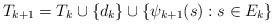
LaTeX: \begin{align*}T_{k+1}=T_k\cup\{d_k\}\cup\{\psi_{k+1}(s):s\in E_k\}\end{align*}